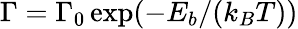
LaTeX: \Gamma=\Gamma_{0}\exp(-E_{b}/(k_{B}T))